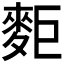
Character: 𪌖